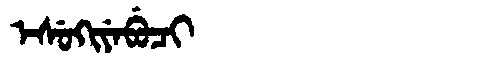
Manchu: ᡝᠰᡠᡴᡳᠶᡝᠪᡠᠴᡳ
Romanization: ESUKIYEBUCI